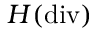
H ( \mathrm { d i v } )